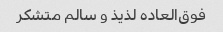
فوق‌العاده لذیذ و سالم متشکر